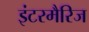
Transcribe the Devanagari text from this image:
इंटरमैरिज